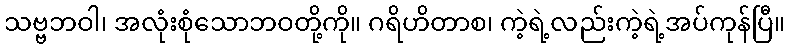
သဗ္ဗဘဝါ၊ အလုံးစုံသောဘဝတို့ကို။ ဂရိဟိတာစ၊ ကဲ့ရဲ့လည်းကဲ့ရဲ့အပ်ကုန်ပြီ။